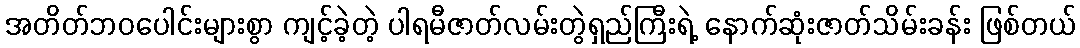
အတိတ်ဘဝပေါင်းများစွာ ကျင့်ခဲ့တဲ့ ပါရမီဇာတ်လမ်းတွဲရှည်ကြီးရဲ့ နောက်ဆုံးဇာတ်သိမ်းခန်း ဖြစ်တယ်